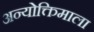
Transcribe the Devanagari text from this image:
अन्योक्तिमाला